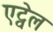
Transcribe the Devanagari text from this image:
एट्वेल